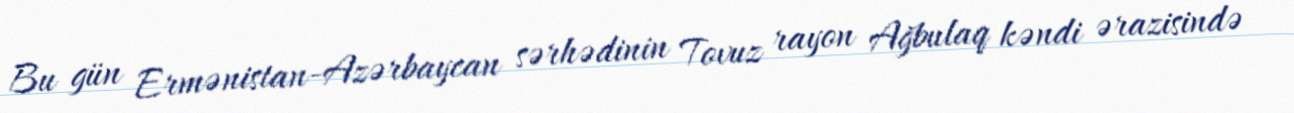
Bu gün Ermənistan-Azərbaycan sərhədinin Tovuz rayon Ağbulaq kəndi ərazisində